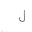
Letter: _lam